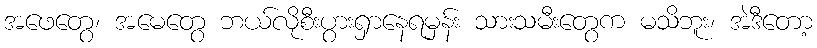
အဖေတွေ၊ အမေတွေ ဘယ်လိုစီးပွားရှာနေရမှန်း သားသမီးတွေက မသိဘူး၊ အဲဒီတော့